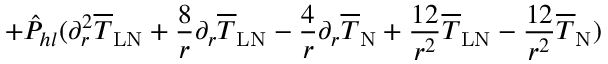
+ \hat { P } _ { h l } ( \partial _ { r } ^ { 2 } \overline { { T } } _ { \mathrm { L N } } + \frac { 8 } { r } \partial _ { r } \overline { { T } } _ { \mathrm { L N } } - \frac { 4 } { r } \partial _ { r } \overline { { T } } _ { \mathrm { N } } + \frac { 1 2 } { r ^ { 2 } } \overline { { T } } _ { \mathrm { L N } } - \frac { 1 2 } { r ^ { 2 } } \overline { { T } } _ { \mathrm { N } } )